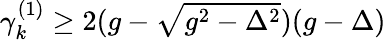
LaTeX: \begin{array}{r}{\gamma_{k}^{(1)}\ge 2(g-\sqrt{g^{2}-\Delta^{2}})(g-\Delta)}\end{array}